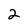
Character: 2